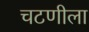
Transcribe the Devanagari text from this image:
चटणीला